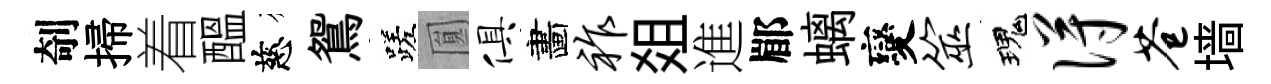
剞掃着醖慈鴛蹉圎俱畵祚爼進郿螭變筮瑰得苍墙